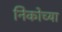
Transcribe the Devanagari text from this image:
निकोच्या